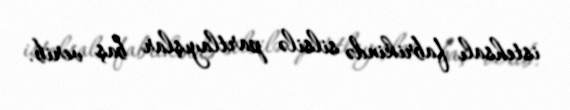
istehsalı fabrikində silsilə partlayışlar baş verib.